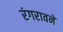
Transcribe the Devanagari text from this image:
रंगरावने